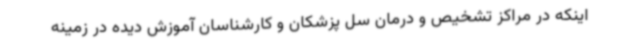
اینکه در مراکز تشخیص و درمان سل پزشکان و کارشناسان آموزش دیده در زمینه